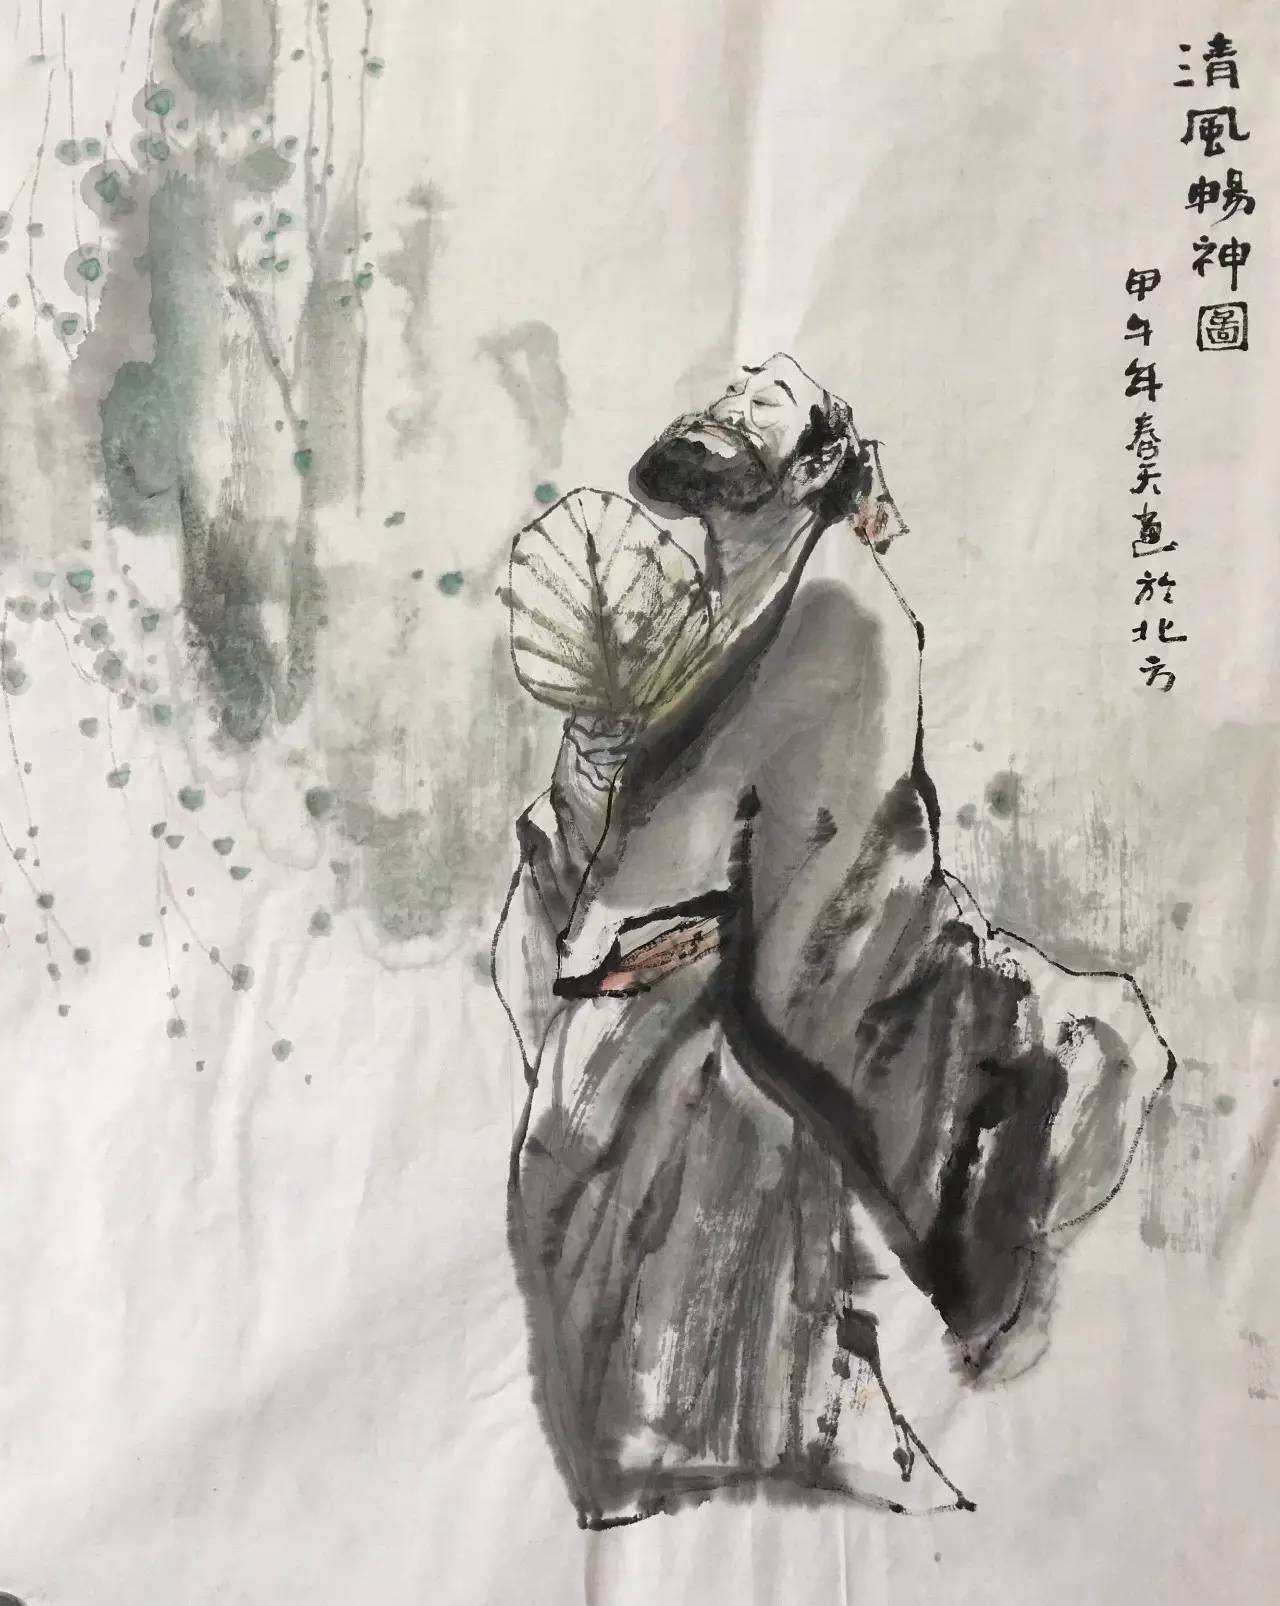
好学深思，心知其意。